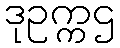
ဒုဥက္ကဌ